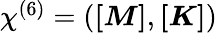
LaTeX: \begin{array}{r}{\chi^{(6)}=(\boldsymbol{[M]},\boldsymbol{[K]})}\end{array}